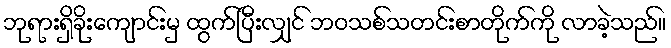
ဘုရားရှိခိုးကျောင်းမှ ထွက်ပြီးလျှင် ဘဝသစ်သတင်းစာတိုက်ကို လာခဲ့သည်။